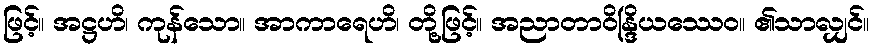
ဖြင့်။ အဋ္ဌဟိ၊ ကုန်သော။ အာကာရေဟိ၊ တို့ဖြင့်။ အညာတာဝိန္ဒြိယဿေဝ။ ၏သာလျှင်။